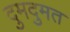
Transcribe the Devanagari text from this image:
दुमदुमत